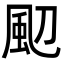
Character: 䫸